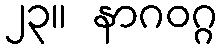
၂၃။ နာဂဝဂ္ဂ